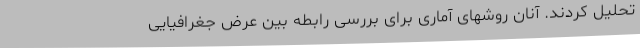
تحلیل کردند. آنان روشهای آماری برای بررسی رابطه بین عرض جغرافیایی